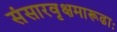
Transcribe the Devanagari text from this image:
संसारवृक्षमारूढाः